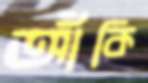
আঁকি